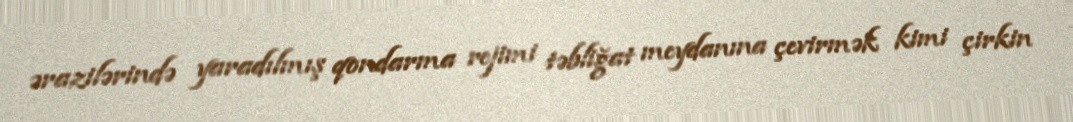
ərazilərində yaradılmış qondarma rejimi təbliğat meydanına çevirmək kimi çirkin